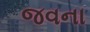
જવના